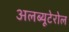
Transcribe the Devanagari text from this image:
अलब्यूटेरोल